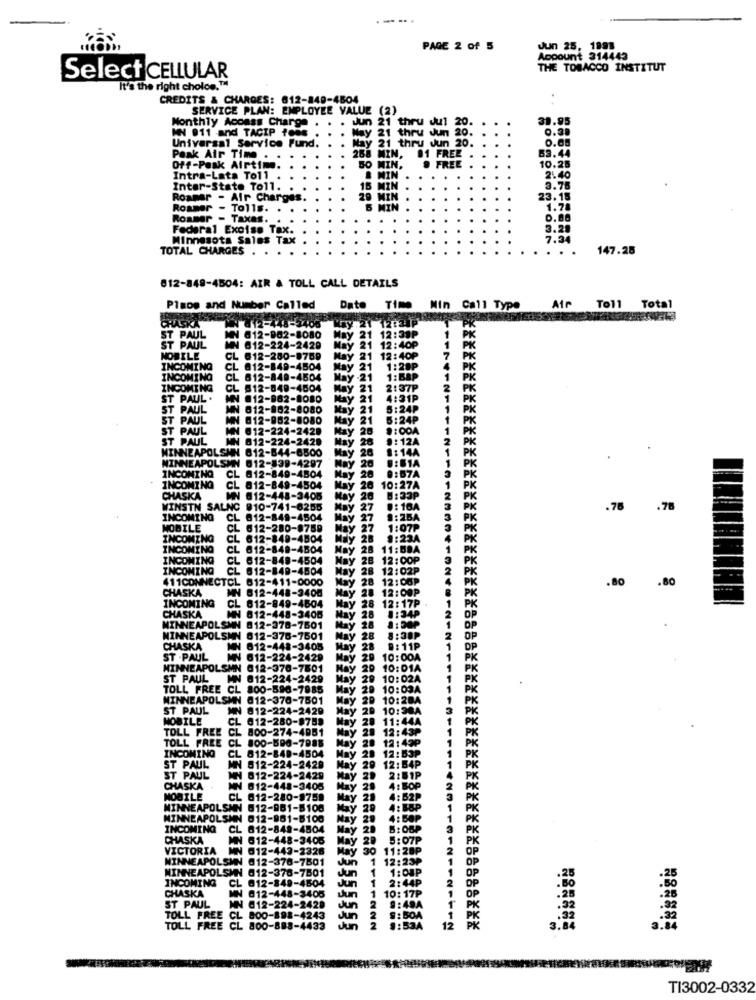
--....
PAGE 2 of 5
Jun 25, 1991
Account 314443
THE TOBACCO INSTITUT
Select CELLULAR
It's the right choice.™
CREDITS & CHARGES: 012-849-4504
SERVICE PLAN: EMPLOYEE VALUE (2)
Monthly Acoass Charge .
Jun 21 thru Jul 20.
39.95
MN 911 -and TACIP fees .
0.39
Universal Service Fund.
May 21 thru Jun 20.
21 thru Jun 20.
268
0.68
Peak Air Time ..
288 MIN,
01 FREE
63.44
Off-Posk Alrtim
BO MIN,
@ FREE
10.25
Intra-Lata To11
B MIN
2.40
Inter-State Toll.
15 MIN
3.78
Roamar - Air Charges.
20 MIN
23.18
Roamer -
- Tolls. .
B MIN
1.78
Rommer - Taxas.
0.80
Federal Excise Tax.
3.29
Minnesota Sales Tax
7:34
TOTAL CHARGES
147.25
812-849-4504: AIR & TOLL CALL DETAILS
Plane and Number Called
Date Time Min Call Type
Air Toll Total
CHASKA
-12-448-
@12-982-8080
£ 21
2:38P
ST PAUL
ST PAUL
₦ 612-224-2429
2:40₽
NOBILE
CL 612-280-8789
May 21
12:40₽
INCOMING
CL @12-849-4504
May 21
1:28
INCOMING
CL 612-849-4504
May2
1:58P
INCOMING
CL 812-849-4504
May 21
2:37
ST PAUL .
MN #12-962-8080
May
21
4:31P
ST PAUL
612-802-8080
21
5:24₽
ST PAUL
012-982-8080
21
5:24P
ST PAUL
N 012-224-2428
Ly 20
8:00A
ST PAUL
MN 812-224-2429
28
9:12A
MINNEAPOLSMN 812-844-6500
26
8:14A
MINNEAPOLSMN
612-839-4297
INCOMING
CL 812-849-4504
20
0:67A
INCOMING
CL 812-849-4504
20 10:27A
CHASKA
MN
@12-448-3405
8:33P
WINSTN SALNC 910-741-6255
27
8: 10A
.76
.78
INCOMING
CL
812-849-4504
27
1:25A
MOBILE
CL
612-280-8759
27
1:07P
INCOMING
CL
612-849-4504
9:23A
INCOMING
CL 612-848-4504
28
11:BDA
INCOMING
CL
612-849-4504
28
12:00P
INCOMING
612-849-4504
28
12:02P
411CONNECTCL 612-411-0000
28
12:00P
.80
.80
CHASKA
MN 612-448-3400
28
12:00P
INCOMING
tay
28 12:17P
CHASKA
CL 612-849-4604
28
8:34P
MN 612-448-3406
MINNEAPOLSMN 812-378-7601
28
MINNEAPOLSMN 612-378-7501
8:30P
CHASKA
MN 812-448-3405
Hay
0: 11P
ST . PAUL
MN 612-224-2429
May
20
10:00A
MINNEAPOLSMN 012-370-7801
May
20
10:01A
ST PAUL
MN
812-224-2429
May
29
10:02A
TOLL FREE CL 800-590-7985
May
29
10:03A
MINNEAPOLSMN @12-370-7501
May 20
10:28A
ST PAUL
MN 812-224-2429
May 29 10:38A
MOBILE
CL @12-280-9759
11:44A
TOLL FREE CL 800-274-4951
12:43P
TOLL FREE
CL 800-596-7988
20
12:49P
INCOMING
CL
812-840-4504
May
20 12:53₽
ST PAUL
MN 612-224-2429
May 29 12:54P
ST PAUL
IN 012-224-2429
May 2.
2:51P
CHASKA
NN 812-448-3405
May 29
4: BOP
MOBILE
CL 012-280-9759
May 21
4:52P
MINNEAPOLSNN 612-981-8108
May 20
4: BBP
MINNEAPOLSMN 012-981-8100
May
29
4:56P
INCOMING
CL 812-849-4504
May
5:08P
CHASKA
612-448-3405
May
5:07P
VICTORIA
012-443-2328
May
11:28P
MINNEAPOLSMN @12-378-7501
Jun 1 12:23P
MINNEAPOLSMN
012-378-7501
1:00P
.20
INCOMING
CL @12-249-4504
Jun 1
1 2:44P
OP
CHASKA
2 OP
ST PAUL
MN 012-448-3405
Jun 1 10: 17P
WN @12-224-2429
Jun 2 9:48A
PK
TOLL FREE
CL 800-192-4243
Jun
BOA
TOLL FREE
CL 800-888-4433
1:534
12
3.84
TI3002-0332